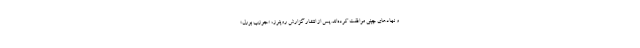
و نهادهای چینی موافقت کرده‌اند. پس از انتشار گزارش رویترز، «جوزپ بورل»